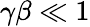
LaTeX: \gamma\beta\ll 1